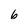
Character: 6